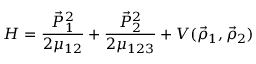
H = \frac { \vec { P } _ { 1 } ^ { 2 } } { 2 \mu _ { 1 2 } } + \frac { \vec { P } _ { 2 } ^ { 2 } } { 2 \mu _ { 1 2 3 } } + V ( \vec { \rho } _ { 1 } , \vec { \rho } _ { 2 } )